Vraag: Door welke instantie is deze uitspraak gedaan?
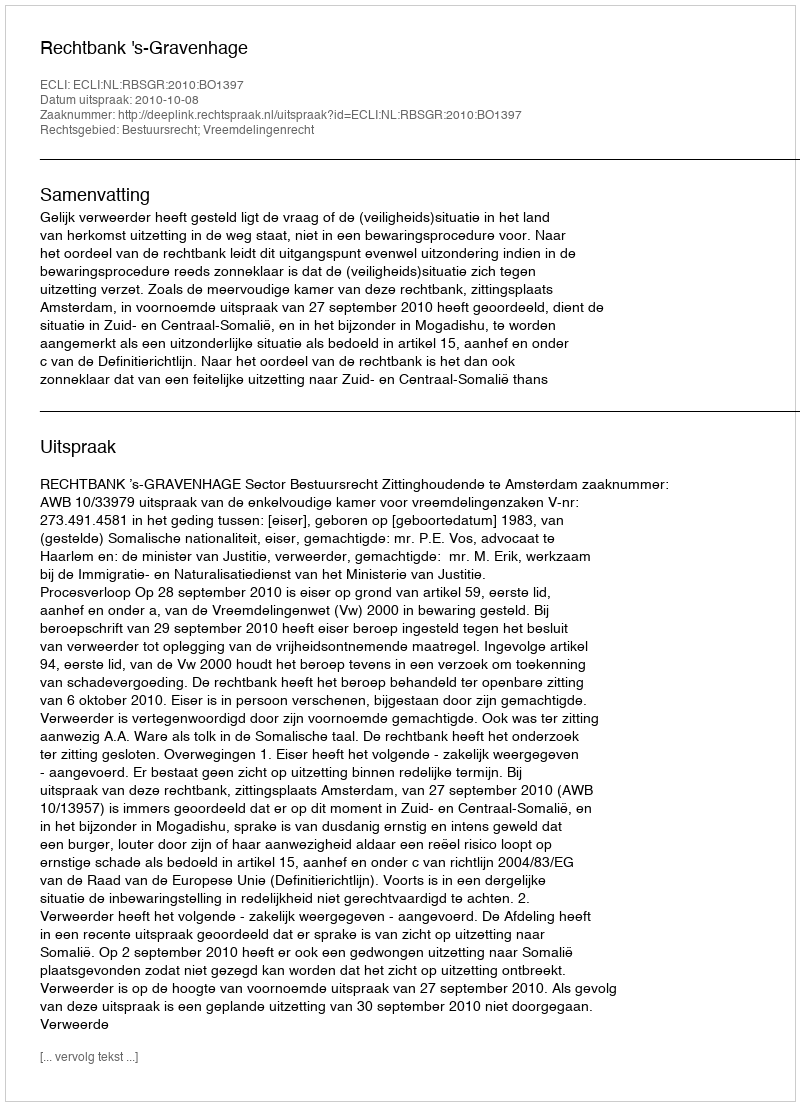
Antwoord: Rechtbank 's-Gravenhage